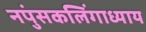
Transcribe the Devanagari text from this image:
नपुंसकलिंगाध्याय